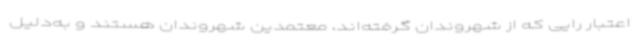
اعتبار رایی که از شهروندان گرفته‌اند، معتمدین شهروندان هستند و به‌دلیل